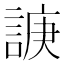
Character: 𧩉